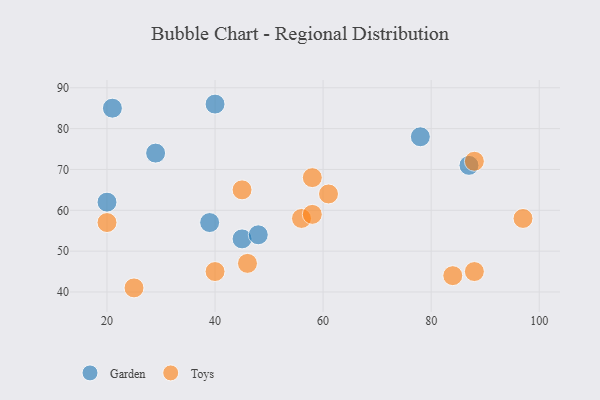
{"axis": {"x": "GDP", "y": "Life Expectancy"}, "legend": ["Garden", "Toys"], "data": [{"x": "39", "y": 57, "type": "Garden"}, {"x": "87", "y": 71, "type": "Garden"}, {"x": "40", "y": 86, "type": "Garden"}, {"x": "45", "y": 53, "type": "Garden"}, {"x": "29", "y": 74, "type": "Garden"}, {"x": "48", "y": 54, "type": "Garden"}, {"x": "20", "y": 62, "type": "Garden"}, {"x": "78", "y": 78, "type": "Garden"}, {"x": "21", "y": 85, "type": "Garden"}, {"x": "84", "y": 44, "type": "Toys"}, {"x": "58", "y": 68, "type": "Toys"}, {"x": "25", "y": 41, "type": "Toys"}, {"x": "20", "y": 57, "type": "Toys"}, {"x": "40", "y": 45, "type": "Toys"}, {"x": "45", "y": 65, "type": "Toys"}, {"x": "88", "y": 45, "type": "Toys"}, {"x": "46", "y": 47, "type": "Toys"}, {"x": "56", "y": 58, "type": "Toys"}, {"x": "61", "y": 64, "type": "Toys"}, {"x": "88", "y": 72, "type": "Toys"}, {"x": "97", "y": 58, "type": "Toys"}, {"x": "58", "y": 59, "type": "Toys"}]}